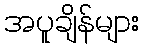
အပူချိန်များ